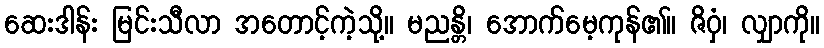
ဆေးဒါန်း မြင်းသီလာ အတောင့်ကဲ့သို့။ မညန္တိ၊ အောက်မေ့ကုန်၏။ ဇိဝှံ၊ လျှာကို။